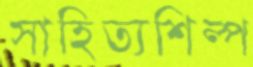
সাহিত্যশিল্প